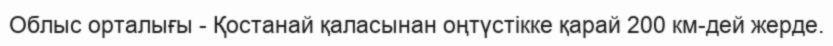
Облыс орталығы - Қостанай қаласынан оңтүстікке қарай 200 км-дей жерде.